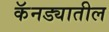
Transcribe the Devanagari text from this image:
कॅनड्यातील